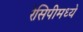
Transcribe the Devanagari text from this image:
रेसिपीमध्ये